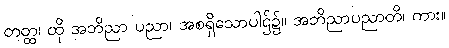
တတ္ထ၊ ထို အဘိညာ ပညာ၊ အစရှိသောပါဌ်၌။ အဘိညာပညာတိ၊ ကား။